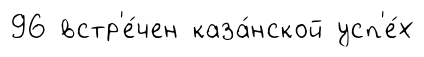
96 встр'е́чен каза́нской усп'е́х